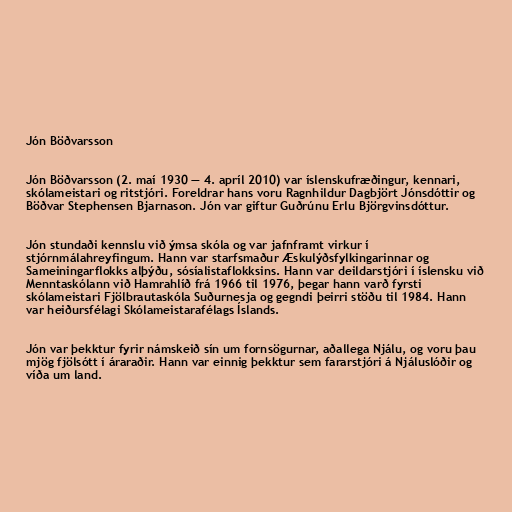
Jón Böðvarsson

Jón Böðvarsson (2. maí 1930 — 4. apríl 2010) var íslenskufræðingur, kennari,
skólameistari og ritstjóri. Foreldrar hans voru Ragnhildur Dagbjört Jónsdóttir og
Böðvar Stephensen Bjarnason. Jón var giftur Guðrúnu Erlu Björgvinsdóttur.

Jón stundaði kennslu við ýmsa skóla og var jafnframt virkur í
stjórnmálahreyfingum. Hann var starfsmaður Æskulýðsfylkingarinnar og
Sameiningarflokks alþýðu, sósíalistaflokksins. Hann var deildarstjóri í íslensku við
Menntaskólann við Hamrahlíð frá 1966 til 1976, þegar hann varð fyrsti
skólameistari Fjölbrautaskóla Suðurnesja og gegndi þeirri stöðu til 1984. Hann
var heiðursfélagi Skólameistarafélags Íslands.

Jón var þekktur fyrir námskeið sín um fornsögurnar, aðallega Njálu, og voru þau
mjög fjölsótt í áraraðir. Hann var einnig þekktur sem fararstjóri á Njáluslóðir og
víða um land.